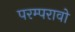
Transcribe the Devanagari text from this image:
परम्परावो